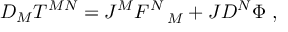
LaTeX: D _ { M } T ^ { M N } = J ^ { M } F _ { \quad M } ^ { N } + J D ^ { N } \Phi ~ ,